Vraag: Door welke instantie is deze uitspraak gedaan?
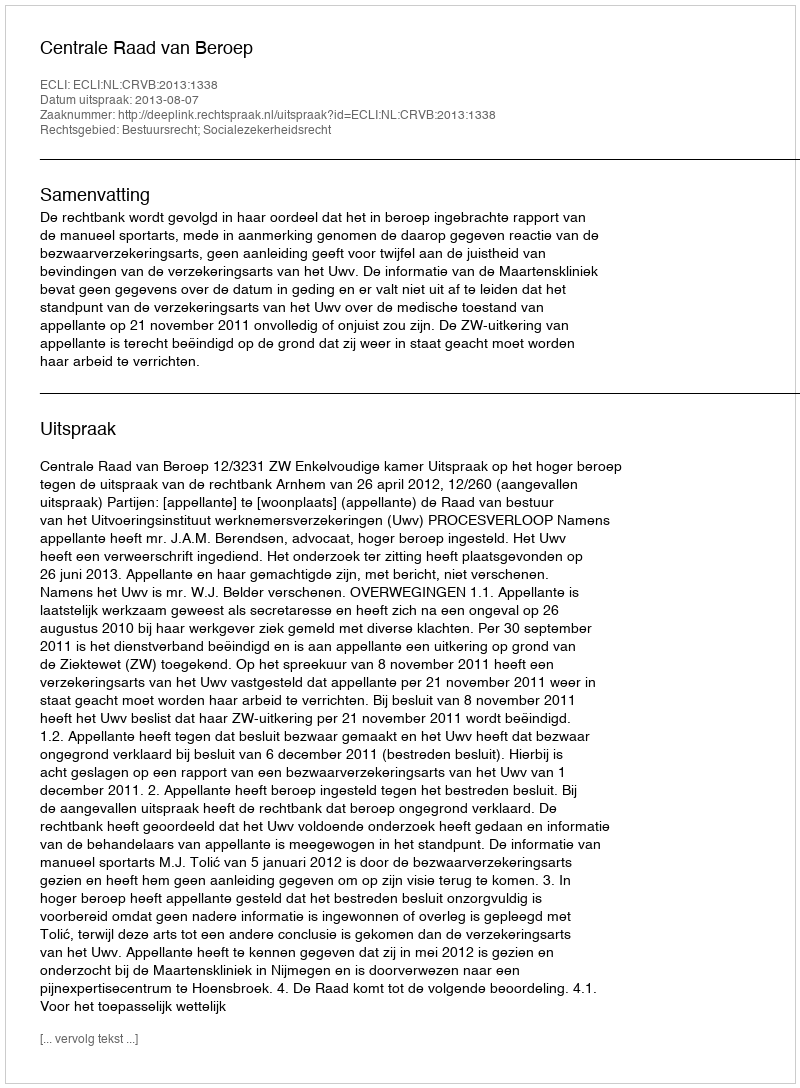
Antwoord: Centrale Raad van Beroep